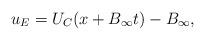
LaTeX: \begin{align*}u_E=U_C(x+B_{\infty}t)-B_{\infty}, \end{align*}